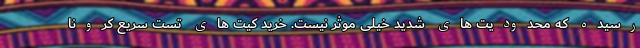
رسیده که محدودیت های شدید خیلی موثر نیست. خرید کیت های تست سریع کرونا